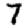
Digit: 7